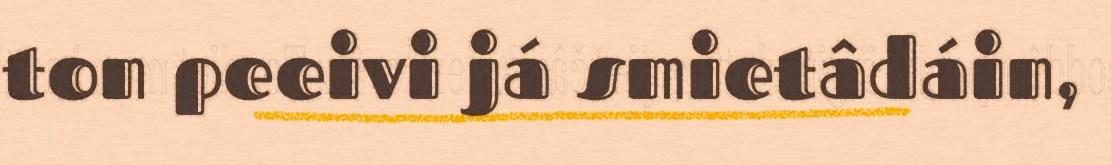
ton peeivi já smietâdáin,